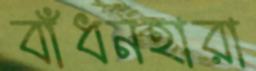
বাঁধনহারা